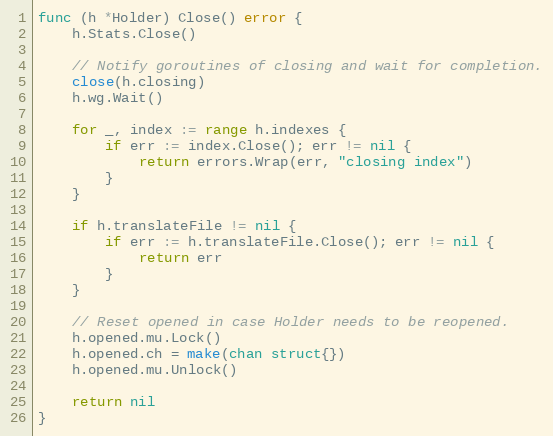
Language: Go
func (h *Holder) Close() error {
	h.Stats.Close()

	// Notify goroutines of closing and wait for completion.
	close(h.closing)
	h.wg.Wait()

	for _, index := range h.indexes {
		if err := index.Close(); err != nil {
			return errors.Wrap(err, "closing index")
		}
	}

	if h.translateFile != nil {
		if err := h.translateFile.Close(); err != nil {
			return err
		}
	}

	// Reset opened in case Holder needs to be reopened.
	h.opened.mu.Lock()
	h.opened.ch = make(chan struct{})
	h.opened.mu.Unlock()

	return nil
}